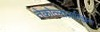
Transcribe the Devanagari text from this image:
तेकोत्लालात्झिन